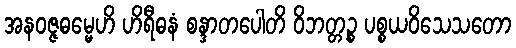
အနဝဇ္ဇဓမ္မေဟိ ဟိရီဓနံ စန္ဒာတပေါတိ ဝိဘတ္တဉ္စ ပစ္စယဝိသေသတော